Indian journal of veterinary science and animal husbandry - Volumes 26-27, 1956-1957
Year: 1956
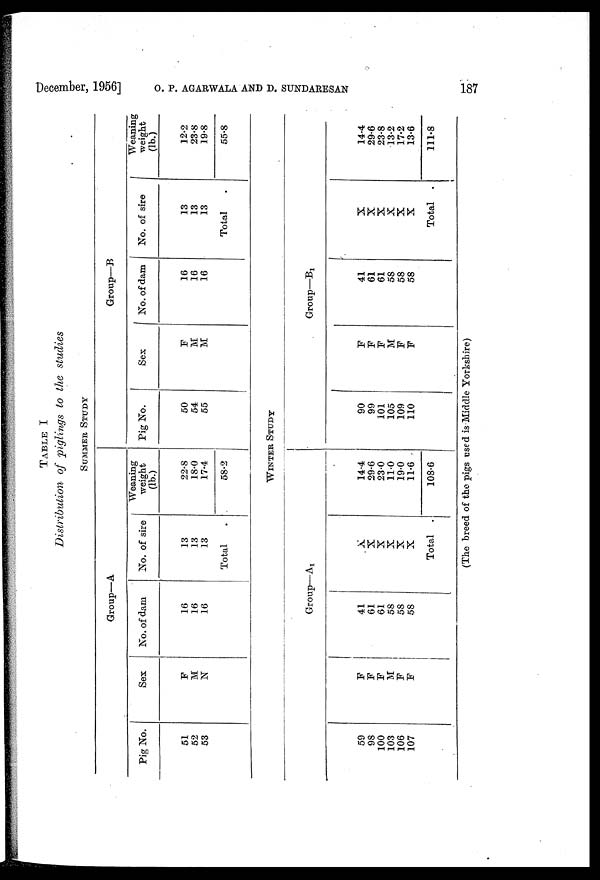
December, 1956] O. P. AGARWALA AND D. SUNDARESAN 187
TABLE I
Distribution of piglings to the studies
SUMMER STUDY
Group—A
Pig No.
51
52
53
Sex
F
M
N
No. of dam
16
16
16
No. of sire
13
13
13
Total
Weaning
weight
(lb.)
22.8
18.0
17.4
58.2
Group—B
Pig No.
50
54
55
Sex
F
M
M
No. of dam
16
16
16
No. of sire
13
13
13
Total
Weaning
weight
(lb.)
12.2
23.8
19.8
55.8
WINTER STUDY
Group—A 1
59
98
100
103
106
107
F
F
F
M
F
F
41
61
61
58
58
58
X
X X
X
X
X
Total
14.4
29.6
23.0
11.0
19.0
11.6
108.6
Group—B 1
90
99
101
105
109
110
F
F
F
M
F
F
41
61
61
58
58
58
X
X
X
X
X
X
Total
14.4
29.6
23.8
13.2
17.2
13.6
111.8
(The breed of the pigs used is Middle Yorkshire)